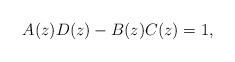
LaTeX: \begin{align*}A(z)D(z)-B(z)C(z)=1, \end{align*}